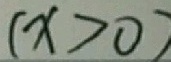
( x > 0 )